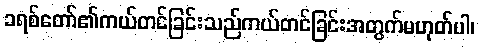
ခရစ်တော်၏ကယ်တင်ခြင်းသည်ကယ်တင်ခြင်းအတွက်မဟုတ်ပါ၊